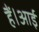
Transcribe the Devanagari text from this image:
हैं।आई